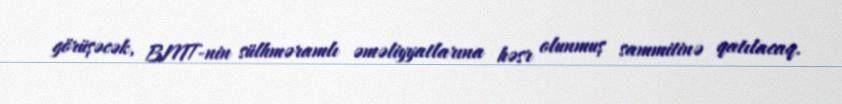
görüşəcək, BMT-nin sülhməramlı əməliyyatlarına həsr olunmuş sammitinə qatılacaq.